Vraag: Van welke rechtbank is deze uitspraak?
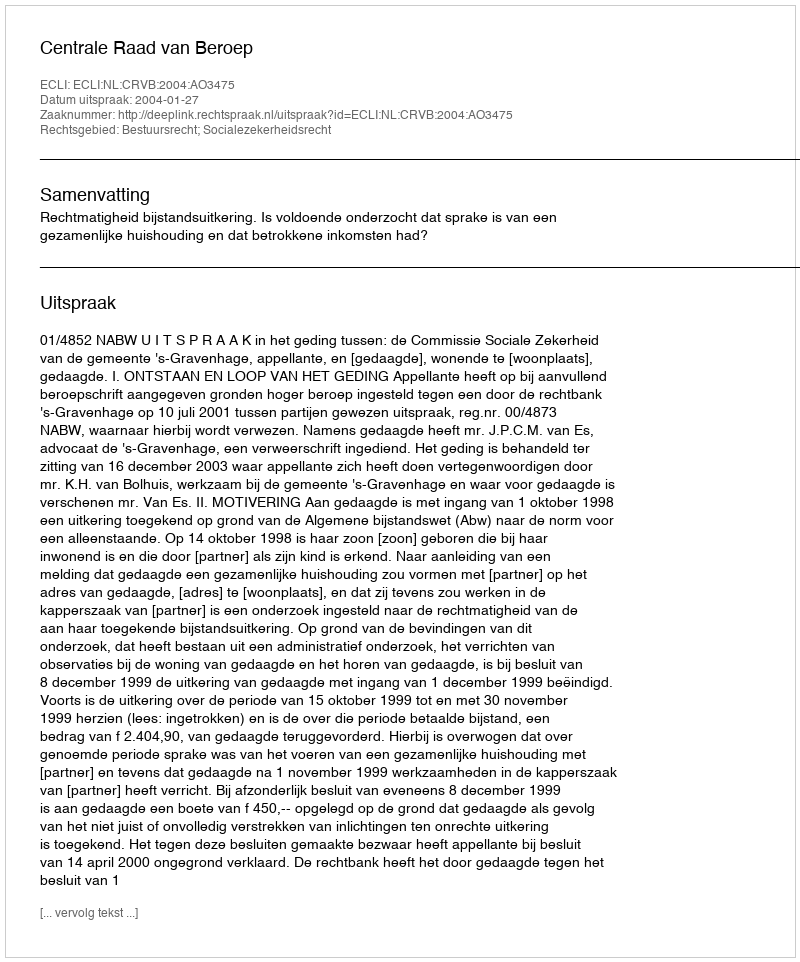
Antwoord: Centrale Raad van Beroep